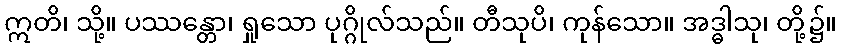
ဣတိ၊ သို့။ ပဿန္တော၊ ရှုသော ပုဂ္ဂိုလ်သည်။ တီသုပိ၊ ကုန်သော။ အဒ္ဓါသု၊ တို့၌။